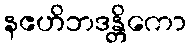
နဧဟိဘဒန္တိကော